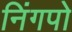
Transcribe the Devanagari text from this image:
निंगपो